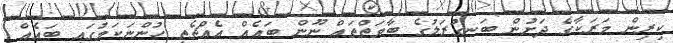
ކިރިން މަރަކާގެ ދަށުން ބަނގުރަލުގެ ބާވަތްތައް ނޫން ބައެއް އެއްޗެތި ހުންނަކަމުގައި ބައެއް